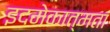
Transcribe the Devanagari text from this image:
इदमेकात्मता